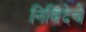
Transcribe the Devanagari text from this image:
निविदेचे